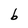
Character: b